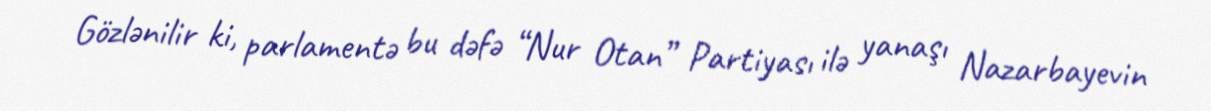
Gözlənilir ki, parlamentə bu dəfə “Nur Otan” Partiyası ilə yanaşı Nazarbayevin